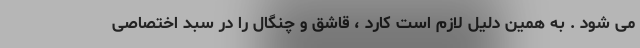
می شود . به همین دلیل لازم است کارد ، قاشق و چنگال را در سبد اختصاصی